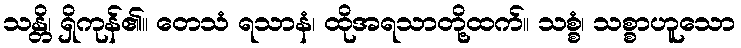
သန္တိ၊ ရှိကုန်၏။ တေသံ ရသာနံ၊ ထိုအရသာတို့ထက်။ သစ္စံ၊ သစ္စာဟူသော